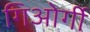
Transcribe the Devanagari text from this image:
गिओर्गी